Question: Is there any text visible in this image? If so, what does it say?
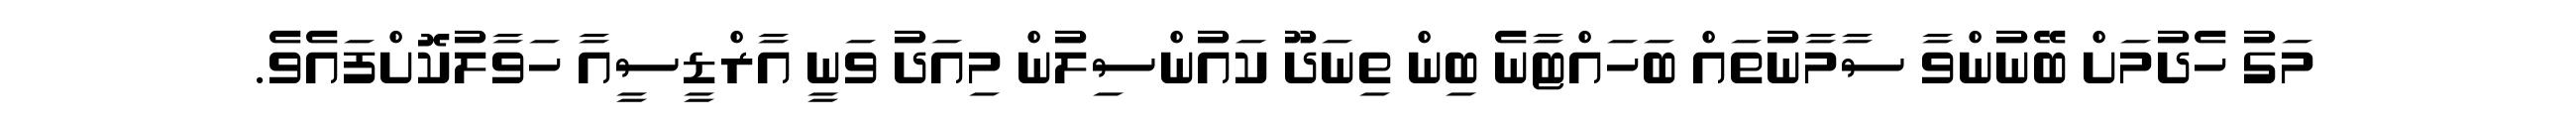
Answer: މަގު ހެދުމަށް ބޭނުންވާ ސާމާނުތައް ބަހައްޓާނެ ބިން ތިނަދޫ ކައުންސިލުން މިއަދު ވަނީ އާރްޑީސީއާ ހަވާލުކޮށްފައެވެ.